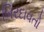
બિરદાવતો